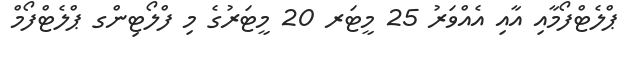
ޕްލެޓްފޯމާއި އާއި އެއްވަރު 25 މީޓަރ 20 މީޓަރުގެ މި ފްލޯޓިންގ ޕްލެޓްފޯމް